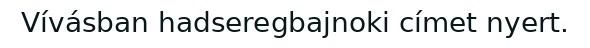
Vívásban hadseregbajnoki címet nyert.